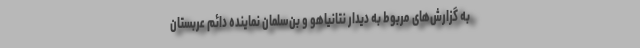
به گزارش‌های مربوط به دیدار نتانیاهو و بن‌سلمان نماینده دائم عربستان